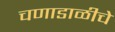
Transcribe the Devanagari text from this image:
चणाडाळीचे